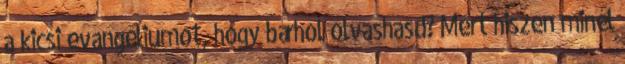
a kicsi evangéliumot, hogy bárhol olvashasd? Mert hiszen minél